Welfare of youth, 1939
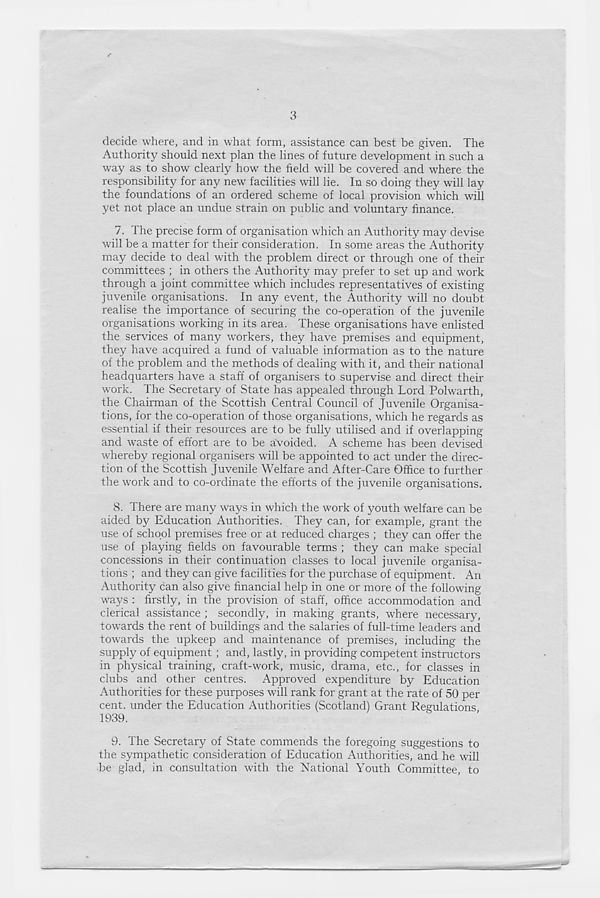
3
decide where, and in what form, assistance can best be given. The
Authority should next plan the lines of future development in such a
way as to show clearly how the held will be covered and where the
responsibility for any new facilities will lie. In so doing they will lay
the foundations of an ordered scheme of local provision which will
yet not place an undue strain on public and voluntary finance.
7. The precise form of organisation which an Authority may devise
will be a matter for their consideration. In some areas the Authority
may decide to deal with the problem direct or through one of their
committees ; in others the Authority may prefer to set up and work
through a joint committee which includes representatives of existing
juvenile organisations. In any event, the Authority will no doubt
realise the importance of securing the co-operation of the juvenile
organisations working in its area. These organisations have enlisted
the services of many workers, they have premises and equipment,
they have acquired a fund of valuable information as to the nature
of the problem and the methods of dealing with it, and their national
headquarters have a staff of organisers to supervise and direct their
work. The Secretary of State has appealed through Lord Polwarth,
the Chairman of the Scottish Central Council of Juvenile Organisa-
tions, for the co-operation of those organisations, which he regards as
essential if their resources are to be fully utilised and if overlapping
and waste of effort are to be avoided. A scheme has been devised
whereby regional organisers will be appointed to act under the direc-
tion of the Scottish Juvenile Welfare and After-Care Office to further
the work and to co-ordinate the efforts of the juvenile organisations.
8. There are many ways in which the work of youth welfare can be
aided by Education Authorities. They can, for example, grant the
use of school premises free or at reduced charges ; they can offer the
use of playing fields on favourable terms ; they can make special
concessions in their continuation classes to local juvenile organisa-
tions ; and they can give facilities for the purchase of equipment. An
Authority can also give financial help in one or more of the following-
ways : firstly, in the provision of staff, office accommodation and
clerical assistance ; secondly, in making grants, where necessary,
towards the rent of buildings and the salaries of full-time leaders and
towards the upkeep and maintenance of premises, including the
supply of equipment ; and, lastly, in providing competent instructors
in physical training, craft-work, music, drama, etc., for classes in
clubs and other centres. Approved expenditure by Education
Authorities for these purposes will rank for grant at the rate of 50 per
cent, under the Education Authorities (Scotland) Grant Regulations
1939.
9. The Secretary of State commends the foregoing suggestions to
the sympathetic consideration of Education Authorities, and he will
be glad, in consultation with the National Youth Committee, to